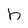
Character: h